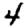
Digit: 4